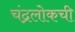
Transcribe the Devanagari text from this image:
चंद्रलोकची